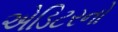
એડિટરનો